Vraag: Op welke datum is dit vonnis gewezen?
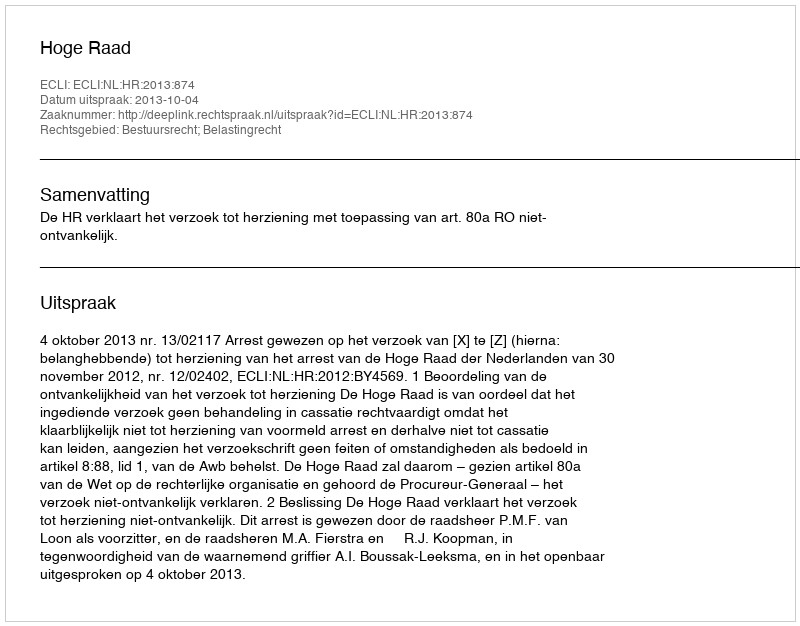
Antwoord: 2013-10-04